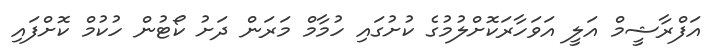
އަފްރާޝީމް އަލީ އަވަހާރަކޮށްލުމުގެ ކުށުގައި ހުމާމް މަރަން ދަށު ކޯޓުން ހުކުމް ކޮށްފައި